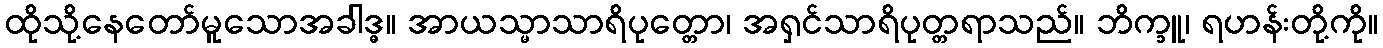
ထိုသို့နေတော်မူသောအခါဒ္ဓ။ အာယသ္မာသာရိပုတ္တော၊ အရှင်သာရိပုတ္တရာသည်။ ဘိက္ခူ၊ ရဟန်းတို့ကို။